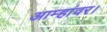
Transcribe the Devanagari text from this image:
आम्हांवर।